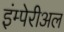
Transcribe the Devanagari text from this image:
इंम्पेरीअल